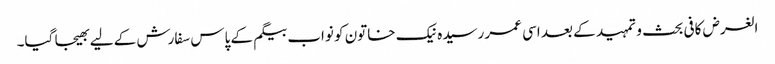
الغرض کافی بحث و تمہید کے بعد اسی عمر رسیدہ نیک خاتون کو نواب بیگم کے پاس سفارش کے لیے بھیجا گیا۔